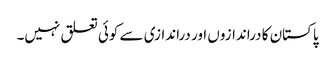
پاکستان کا دراندازوں اور دراندازی سے کوئی تعلق نہیں۔